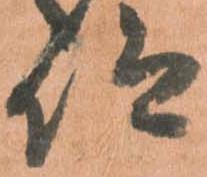
仰